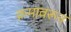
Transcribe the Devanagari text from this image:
क्रमावरून